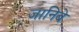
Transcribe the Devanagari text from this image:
जानिबे